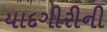
યાદગીરીની